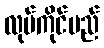
လုပ်ကိုင်မည်